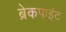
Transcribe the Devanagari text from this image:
ब्रेकपाइंट